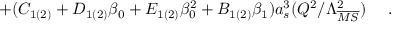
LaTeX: + ( C _ { 1 ( 2 ) } + D _ { 1 ( 2 ) } \beta _ { 0 } + E _ { 1 ( 2 ) } \beta _ { 0 } ^ { 2 } + B _ { 1 ( 2 ) } \beta _ { 1 } ) a _ { s } ^ { 3 } ( Q ^ { 2 } / \Lambda _ { \overline { { { M S } } } } ^ { 2 } ) ~ ~ ~ ~ .